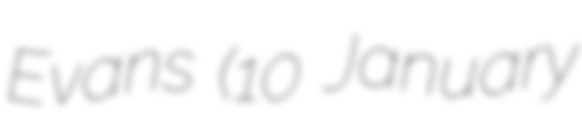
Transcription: Evans (10 January